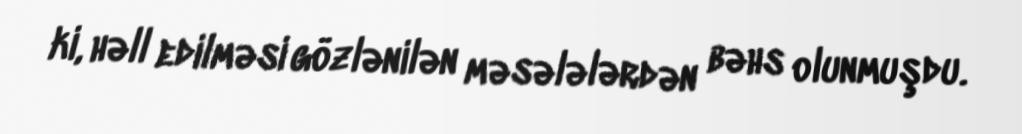
ki, həll edilməsi gözlənilən məsələlərdən bəhs olunmuşdu.